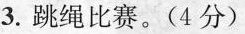
3.跳绳比赛。(4分)